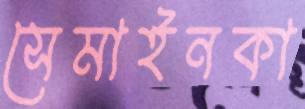
সেমাইনকা